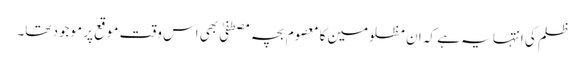
ظلم کی انتہا یہ ہے کہ ان مظلومین کا معصوم بچہ مصطفیٰ بھی اس وقت موقع پر موجود تھا۔